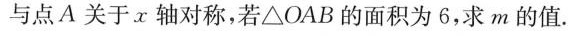
与点A关于x轴对称，若△OAB的面积为6，求m的值。